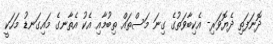
ދޮނަފަތި ދެޔޮވަރި- އެކިބާވަތުގެ ގިނަ މަސްތައް ތިބުމާއި އެކު އެތާނގެ މައިގަނޑު މަހަކީ